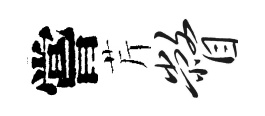
嘗芹瞥